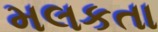
મલકતા